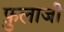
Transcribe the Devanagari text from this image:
फ़ुलाजी